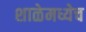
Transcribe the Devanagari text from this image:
शाळेमध्येच